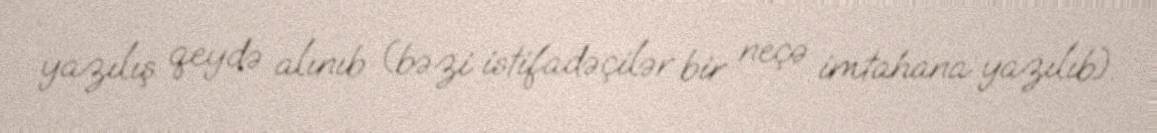
yazılış qeydə alınıb (bəzi istifadəçilər bir neçə imtahana yazılıb).